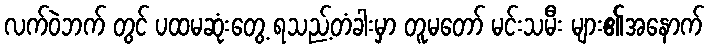
လက်ဝဲဘက် တွင် ပထမဆုံးတွေ့ ရသည့်တံခါးမှာ တူမတော် မင်းသမီး များ၏အနောက်